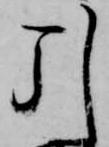
引